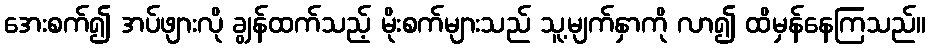
အေးစက်၍ အပ်ဖျားလို ချွန်ထက်သည့် မိုးစက်များသည် သူ့မျက်နှာကို လာ၍ ထိမှန်နေကြသည်။